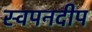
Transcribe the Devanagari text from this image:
स्वपनदीप